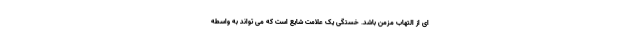
ای از التهاب مزمن باشد. خستگی یک علامت شایع است که می تواند به واسطه